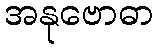
အနုဗောဓာ